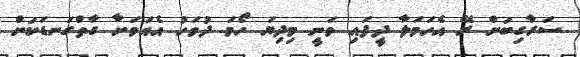
ސަރާގިބަށް ރޭ އެހަމަލާ ދީފައި ވަނީ މިދިޔަ ހޯމަ ދުވަހު އެއަވަށާ ގާތްގަނޑަކަށް